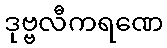
ဒုဗ္ဗလီကရဏေ